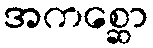
အကစ္ဆော